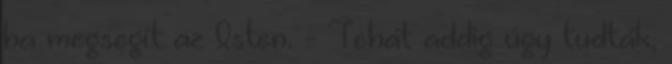
ha megsegít az Isten. - Tehát addig úgy tudták,